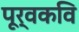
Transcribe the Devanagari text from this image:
पूर्वकवि